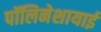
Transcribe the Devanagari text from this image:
पॉलिनेशायाई